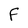
Character: F